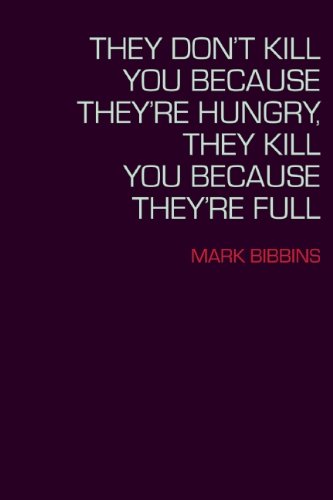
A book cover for They Don't Kill You Because They're Hungry, They Kill You Because They're Full (Lannan Literary Selections); Mark Bibbins; Gay & Lesbian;